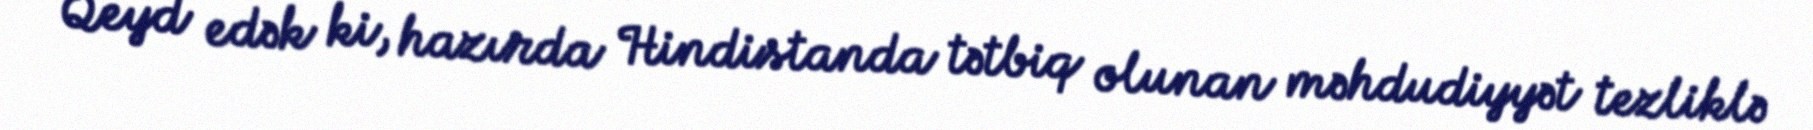
Qeyd edək ki, hazırda Hindistanda tətbiq olunan məhdudiyyət tezliklə